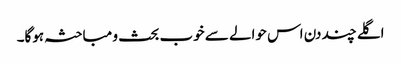
اگلے چند دن اس حوالے سے خوب بحث و مباحثہ ہوگا۔